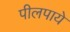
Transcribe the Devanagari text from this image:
पीलपाये